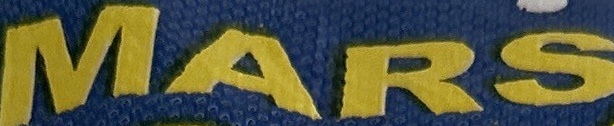
MARS